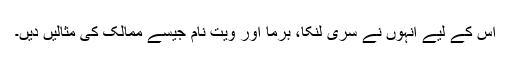
اس کے لیے انہوں نے سری لنکا، برما اور ویت نام جیسے ممالک کی مثالیں دیں۔